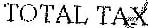
TOTAL TAX